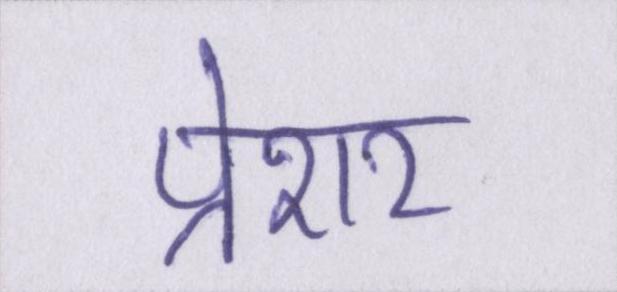
प्रेशर